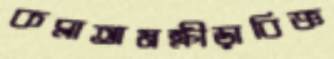
কব্‌লাতামক্রীড়াবিজ্ঞ